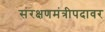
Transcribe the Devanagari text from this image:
संरक्षणमंत्रीपदावर